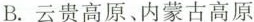
B.云贵高原、内蒙古高原